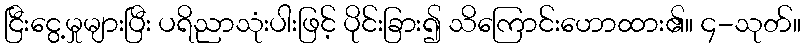
ငြီးငွေ့မှုများပြီး ပရိညာသုံးပါးဖြင့် ပိုင်းခြား၍ သိကြောင်းဟောထား၏။ ၄-သုတ်။